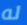
له